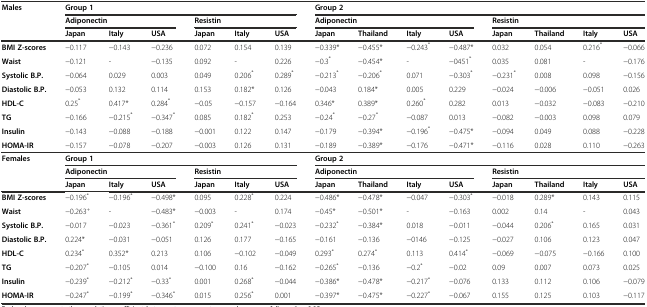
<table><thead><tr><td rowspan="3"><b>Males</b></td><td colspan="6"><b>Group 1</b></td><td colspan="8"><b>Group 2</b></td></tr><tr><td colspan="3"><b>Adiponectin</b></td><td colspan="3"><b>Resistin</b></td><td colspan="4"><b>Adiponectin</b></td><td colspan="4"><b>Resistin</b></td></tr><tr><td><b>Japan</b></td><td><b>Italy</b></td><td><b>USA</b></td><td><b>Japan</b></td><td><b>Italy</b></td><td><b>USA</b></td><td><b>Japan</b></td><td><b>Thailand</b></td><td><b>Italy</b></td><td><b>USA</b></td><td><b>Japan</b></td><td><b>Thailand</b></td><td><b>Italy</b></td><td><b>USA</b></td></tr></thead><tbody><tr><td><b>BMI Z-scores</b></td><td>−0.117</td><td>−0.143</td><td>−0.236</td><td>0.072</td><td>0.154</td><td>0.139</td><td>−0.339*</td><td>−0.455*</td><td>−0.243<sup>*</sup></td><td>−0.487*</td><td>0.032</td><td>0.054</td><td>0.216<sup>*</sup></td><td>−0.066</td></tr><tr><td><b>Waist</b></td><td>−0.121</td><td>-</td><td>−0.135</td><td>0.092</td><td>-</td><td>0.226</td><td>−0.3<sup>*</sup></td><td>−0.454*</td><td>-</td><td>−0451<sup>*</sup></td><td>0.035</td><td>0.081</td><td>-</td><td>−0.176</td></tr><tr><td><b>Systolic B.P.</b></td><td>−0.064</td><td>0.029</td><td>0.003</td><td>0.049</td><td>0.206<sup>*</sup></td><td>0.289<sup>*</sup></td><td>−0.213<sup>*</sup></td><td>−0.206<sup>*</sup></td><td>0.071</td><td>−0.303<sup>*</sup></td><td>−0.231<sup>*</sup></td><td>0.008</td><td>0.098</td><td>−0.156</td></tr><tr><td><b>Diastolic B.P.</b></td><td>−0.053</td><td>0.132</td><td>0.114</td><td>0.153</td><td>0.182*</td><td>0.126</td><td>−0.043</td><td>0.184*</td><td>0.005</td><td>0.229</td><td>−0.024</td><td>−0.006</td><td>−0.051</td><td>0.026</td></tr><tr><td><b>HDL-C</b></td><td>0.25<sup>*</sup></td><td>0.417*</td><td>0.284<sup>*</sup></td><td>−0.05</td><td>−0.157</td><td>−0.164</td><td>0.346*</td><td>0.389*</td><td>0.260<sup>*</sup></td><td>0.282</td><td>0.013</td><td>−0.032</td><td>−0.083</td><td>−0.210</td></tr><tr><td><b>TG</b></td><td>−0.166</td><td>−0.215<sup>*</sup></td><td>−0.347<sup>*</sup></td><td>0.085</td><td>0.182<sup>*</sup></td><td>0.253</td><td>−0.24<sup>*</sup></td><td>−0.27<sup>*</sup></td><td>−0.087</td><td>0.013</td><td>−0.082</td><td>−0.003</td><td>0.098</td><td>0.079</td></tr><tr><td><b>Insulin</b></td><td>−0.143</td><td>−0.088</td><td>−0.188</td><td>−0.001</td><td>0.122</td><td>0.147</td><td>−0.179</td><td>−0.394*</td><td>−0.196<sup>*</sup></td><td>−0.475*</td><td>−0.094</td><td>0.049</td><td>0.088</td><td>−0.228</td></tr><tr><td><b>HOMA-IR</b></td><td>−0.157</td><td>−0.078</td><td>−0.207</td><td>−0.003</td><td>0.126</td><td>0.131</td><td>−0.189</td><td>−0.389*</td><td>−0.176</td><td>−0.471*</td><td>−0.116</td><td>0.028</td><td>0.110</td><td>−0.263</td></tr><tr><td rowspan="3"><b>Females</b></td><td colspan="6"><b>Group 1</b></td><td colspan="8"><b>Group 2</b></td></tr><tr><td colspan="3"><b>Adiponectin</b></td><td colspan="3"><b>Resistin</b></td><td colspan="4"><b>Adiponectin</b></td><td colspan="4"><b>Resistin</b></td></tr><tr><td><b>Japan</b></td><td><b>Italy</b></td><td><b>USA</b></td><td><b>Japan</b></td><td><b>Italy</b></td><td><b>USA</b></td><td><b>Japan</b></td><td><b>Thailand</b></td><td><b>Italy</b></td><td><b>USA</b></td><td><b>Japan</b></td><td><b>Thailand</b></td><td><b>Italy</b></td><td><b>USA</b></td></tr><tr><td><b>BMI Z-scores</b></td><td>−0.196<sup>*</sup></td><td>−0.196<sup>*</sup></td><td>−0.498*</td><td>0.095</td><td>0.228<sup>*</sup></td><td>0.224</td><td>−0.486*</td><td>−0.478*</td><td>−0.047</td><td>−0.303<sup>*</sup></td><td>−0.018</td><td>0.289*</td><td>0.143</td><td>0.115</td></tr><tr><td><b>Waist</b></td><td>−0.263<sup>+</sup></td><td>-</td><td>−0.483*</td><td>−0.003</td><td>-</td><td>0.174</td><td>−0.45*</td><td>−0.501*</td><td>-</td><td>−0.163</td><td>0.002</td><td>0.14</td><td>-</td><td>0.043</td></tr><tr><td><b>Systolic B.P.</b></td><td>−0.017</td><td>−0.023</td><td>−0.361<sup>*</sup></td><td>0.209<sup>*</sup></td><td>0.241<sup>*</sup></td><td>−0.023</td><td>−0.232<sup>*</sup></td><td>−0.384*</td><td>0.018</td><td>−0.011</td><td>−0.044</td><td>0.206<sup>*</sup></td><td>0.165</td><td>0.031</td></tr><tr><td><b>Diastolic B.P.</b></td><td>0.224*</td><td>−0.031</td><td>−0.051</td><td>0.126</td><td>0.177</td><td>−0.165</td><td>−0.161</td><td>−0.136</td><td>−0146</td><td>−0.125</td><td>−0.027</td><td>0.106</td><td>0.123</td><td>0.047</td></tr><tr><td><b>HDL-C</b></td><td>0.234<sup>*</sup></td><td>0.352*</td><td>0.213</td><td>0.106</td><td>−0.102</td><td>−0.049</td><td>0.293<sup>*</sup></td><td>0.274<sup>*</sup></td><td>0.113</td><td>0.414<sup>*</sup></td><td>−0.069</td><td>−0.075</td><td>−0.166</td><td>0.100</td></tr><tr><td><b>TG</b></td><td>−0.207<sup>*</sup></td><td>−0.105</td><td>0.014</td><td>−0.100</td><td>0.16</td><td>−0.162</td><td>−0.265<sup>*</sup></td><td>−0.136</td><td>−0.2<sup>*</sup></td><td>−0.02</td><td>0.09</td><td>0.007</td><td>0.073</td><td>0.025</td></tr><tr><td><b>Insulin</b></td><td>−0.239<sup>*</sup></td><td>−0.212<sup>*</sup></td><td>−0.33<sup>*</sup></td><td>0.001</td><td>0.268<sup>*</sup></td><td>−0.044</td><td>−0.386*</td><td>−0.478*</td><td>−0.217<sup>*</sup></td><td>−0.076</td><td>0.133</td><td>0.112</td><td>0.106</td><td>−0.079</td></tr><tr><td><b>HOMA-IR</b></td><td>−0.247<sup>*</sup></td><td>−0.199<sup>*</sup></td><td>−0.346<sup>*</sup></td><td>0.015</td><td>0.256<sup>*</sup></td><td>0.001</td><td>−0.397*</td><td>−0.475*</td><td>−0.227<sup>*</sup></td><td>−0.067</td><td>0.155</td><td>0.125</td><td>0.103</td><td>−0.117</td></tr></tbody></table>